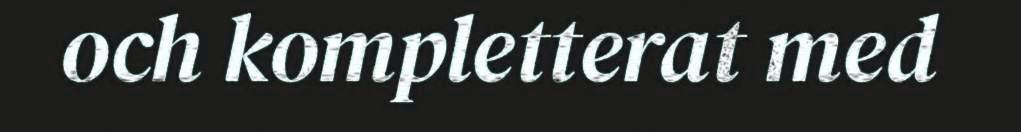
och kompletterat med